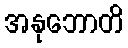
အနုဘောတိ